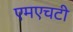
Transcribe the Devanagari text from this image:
एमएचटी